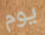
يوم